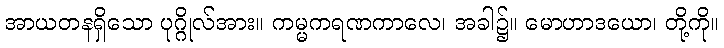
အာယတနရှိသော ပုဂ္ဂိုလ်အား။ ကမ္မကရဏကာလေ၊ အခါ၌။ မောဟာဒယော၊ တို့ကို။